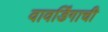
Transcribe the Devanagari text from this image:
वावडिंगाची